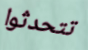
تتحدثوا